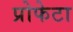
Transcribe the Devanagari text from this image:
प्रोफेटा